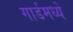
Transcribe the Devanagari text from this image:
गार्डमध्ये